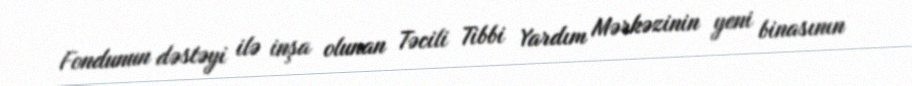
Fondunun dəstəyi ilə inşa olunan Təcili Tibbi Yardım Mərkəzinin yeni binasının